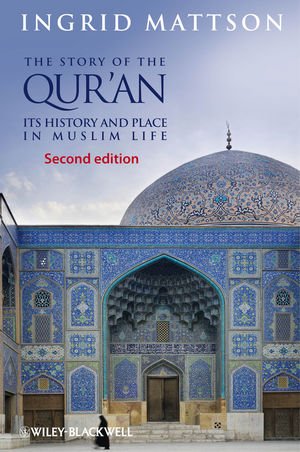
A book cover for The Story of the Qur'an: Its History and Place in Muslim Life; Ingrid Mattson; Religion & Spirituality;